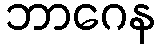
ဘာဂေန